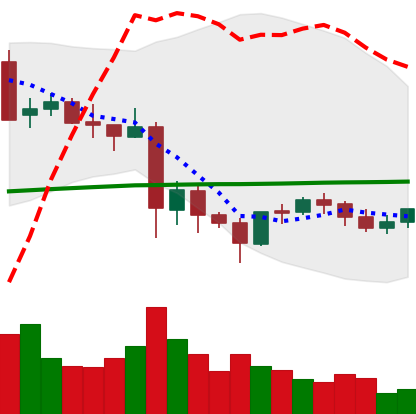
Ticker: LTC-USD
Chart end date: 2021-05-31
Forward return: -7.98%
Label: down_7plus